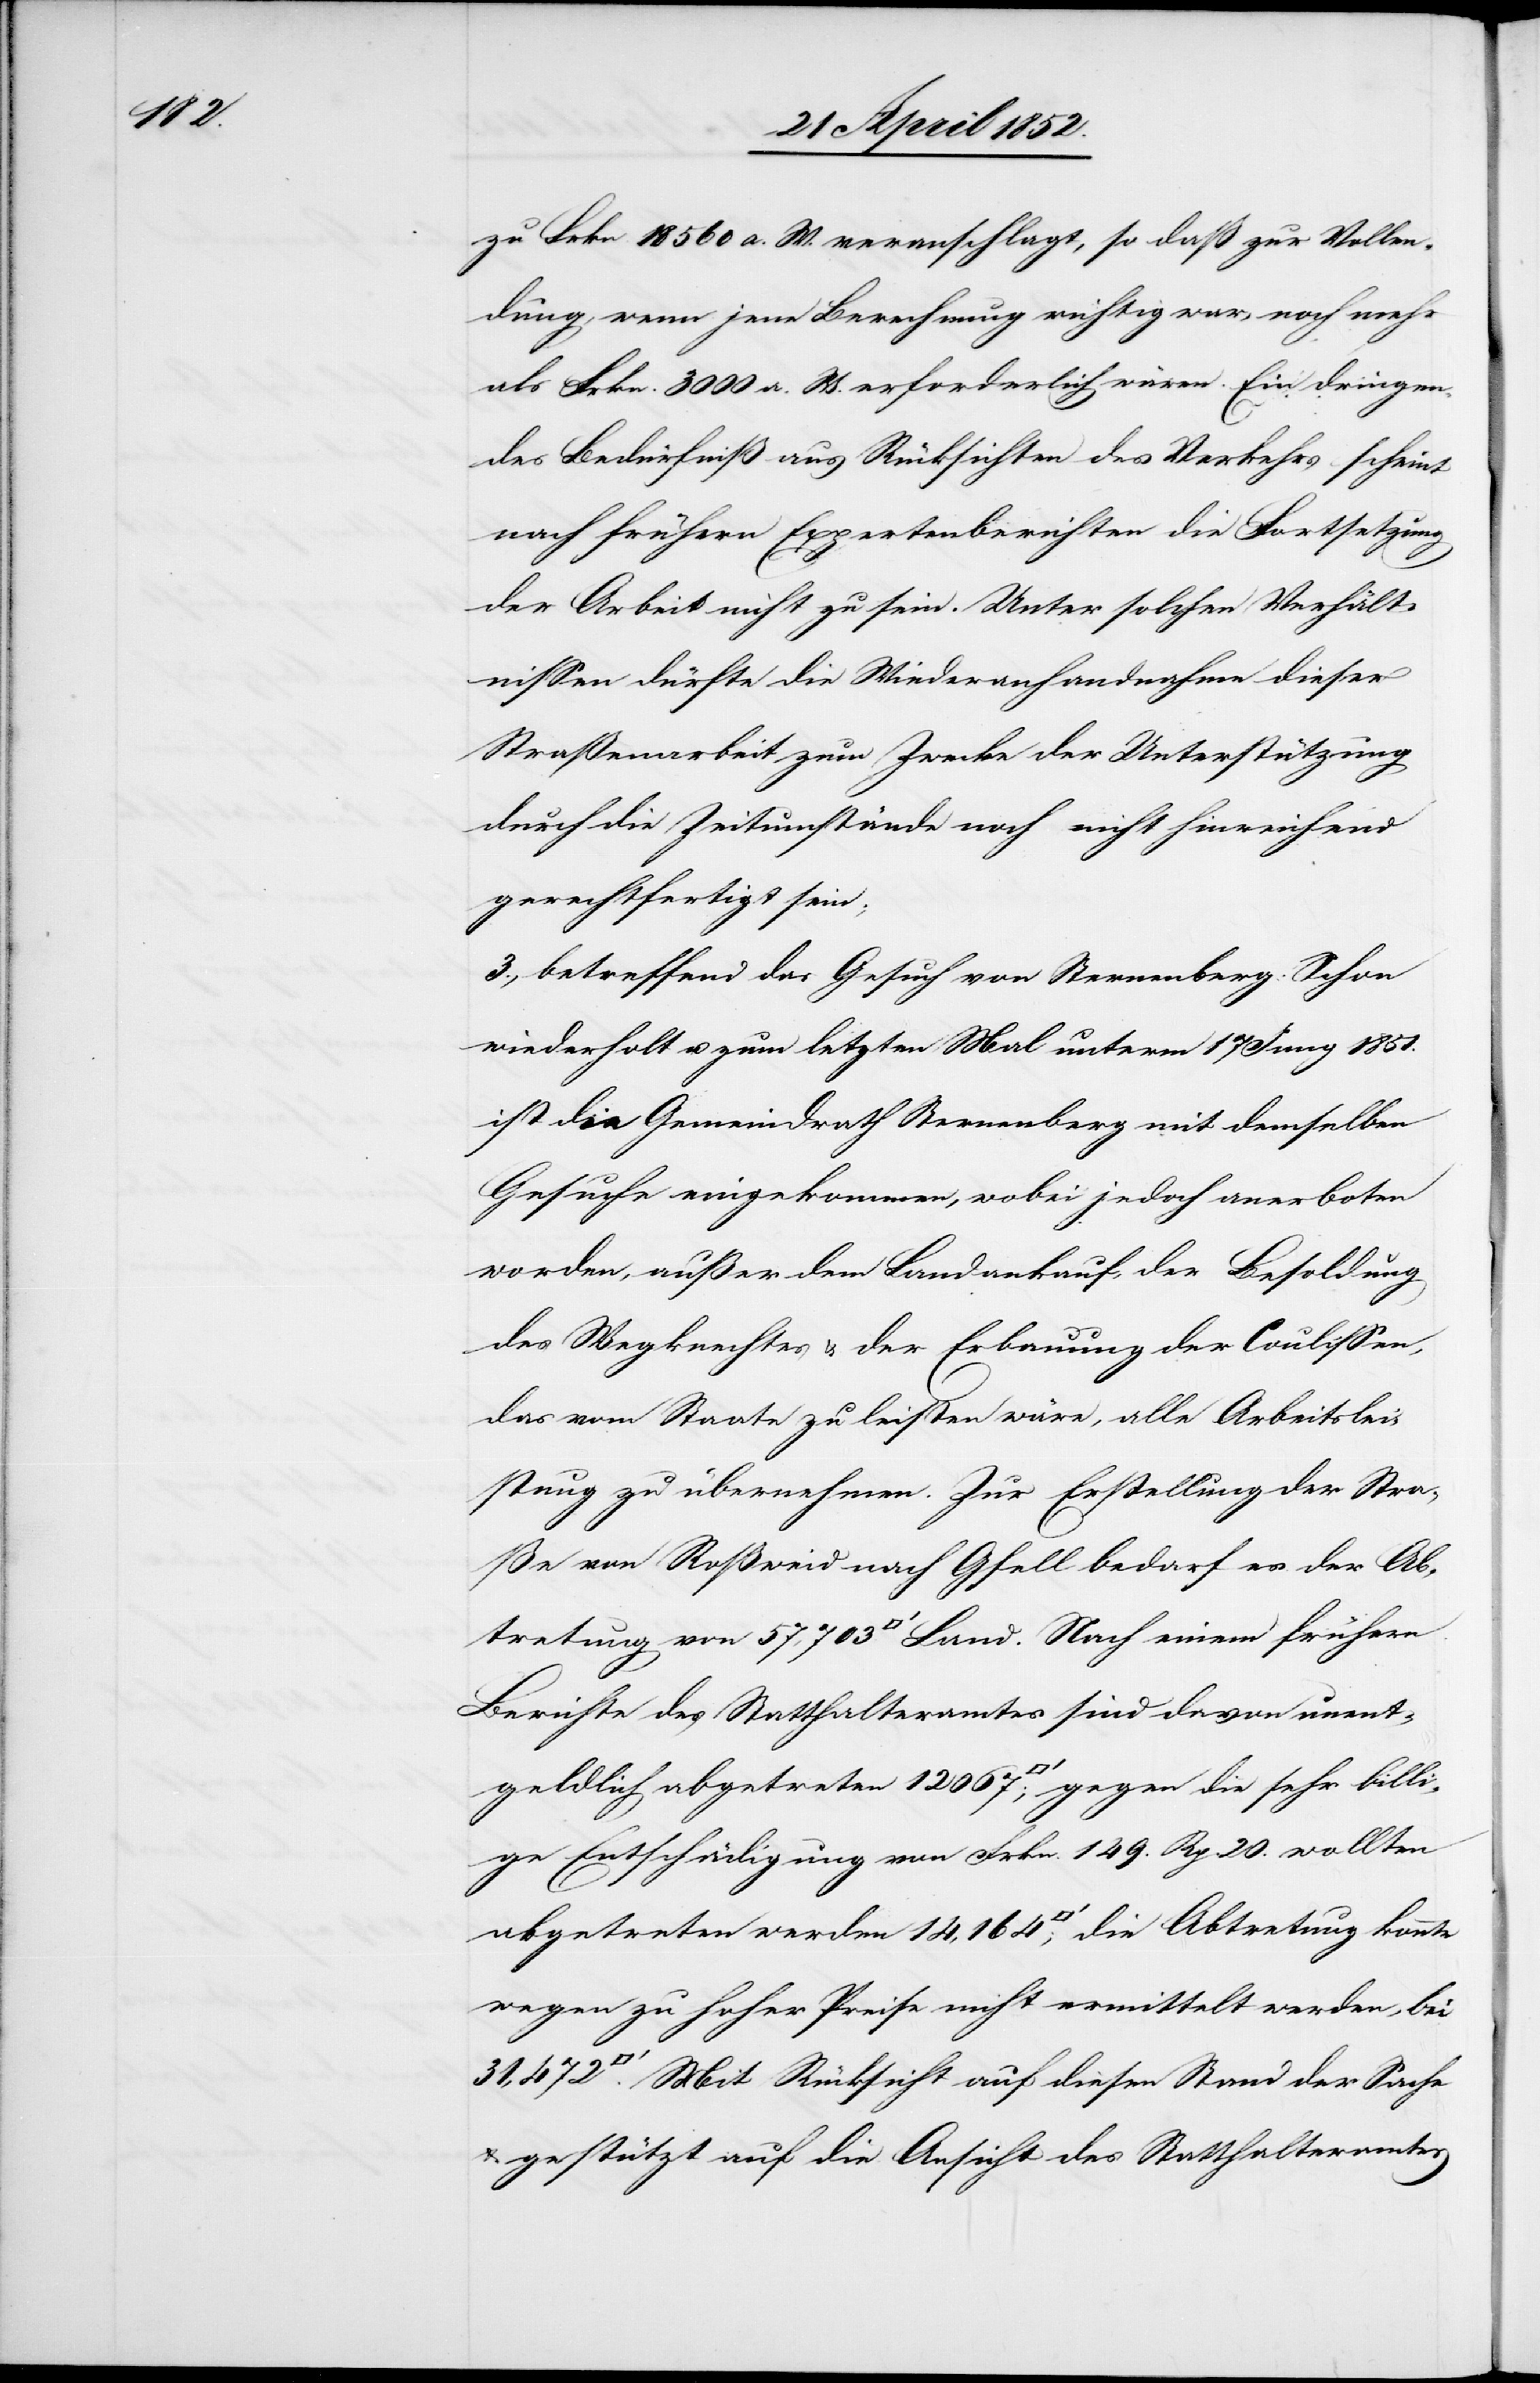
zu Frkn. 18 560 a. W. veranschlagt, so daß zur Vollen¬
dung, wenn jene Berechnung richtig war, noch mehr
als Frkn. 3000 a. W. erforderlich wären. Ein dringen¬
des Bedürfniß aus Rücksichten des Verkehrs scheint
nach frühern Expertenberichten die Fortsetzung
der Arbeit nicht zu sein. Unter solchen Verhält¬
nissen dürfte die Wiederanhandnahme dieser
Straßenarbeit zum Zwecke der Unterstützung
durch die Zeitumstände noch nicht hinreichend
gerechtfertigt sein;
3., betreffend das Gesuch von Sternenberg: Schon
wiederholt u. zum letzten Mal unterm 17 Juny 1851.
ist der Gemeindrath Sternenberg mit demselben
Gesuche eingekommen, wobei jedoch anerboten
worden, außer dem Landankauf, der Besoldung
des Wegknechtes & der Erbauung der Coulissen,
das vom Staate zu leisten wäre, alle Arbeitslei¬
stung zu übernehmen. Zur Erstellung der Stra¬
ße von Roßweid nach Gfell bedarf es der Ab¬
tretung von 57,703 [Quadratfuß] Land. Nach einem frühern
Berichte des Statthalteramtes sind davon unent¬
geldlich abgetreten 12 067 [Quadratfuß]; gegen die sehr billi¬
ge Entschädigung von Frkn. 149. Rp. 20. wollten
abgetreten werden 14,164 [Quadratfuß]; die Abtretung konnte
wegen zu hoher Preise nicht ermittelt werden, bei
[Quadratfuß]. Mit Rücksicht auf diesen Stand der Sache
& gestützt auf die Ansicht des Statthalteramtes